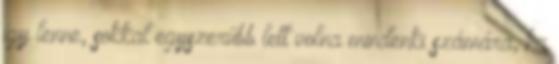
így lenne, sokkal egyszerűbb lett volna mindenki számára, ha